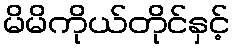
မိမိကိုယ်တိုင်နှင့်